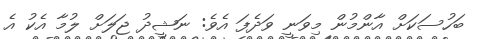
ބަހުސަކަށް އާންމުން މިވަނީ ވަދެފަ އެވެ: ނަޝީދު ޖަލަށް ލުމާ އެކު އެ